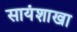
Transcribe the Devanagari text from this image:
सायंशाखा